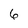
Character: 6